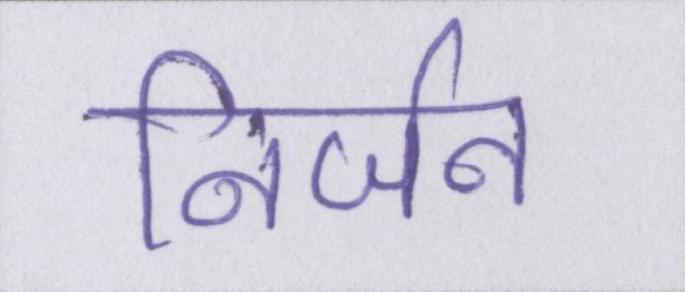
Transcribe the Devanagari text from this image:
निर्जन